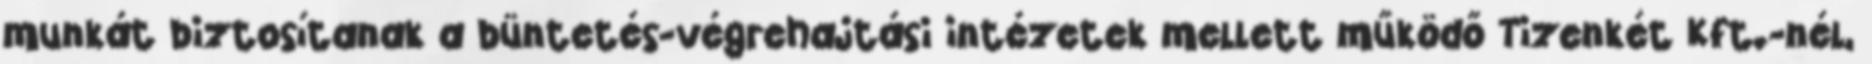
munkát biztosítanak a büntetés-végrehajtási intézetek mellett működő Tizenkét Kft.-nél,